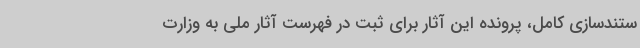
ستندسازی کامل، پرونده این آثار برای ثبت در فهرست آثار ملی به وزارت